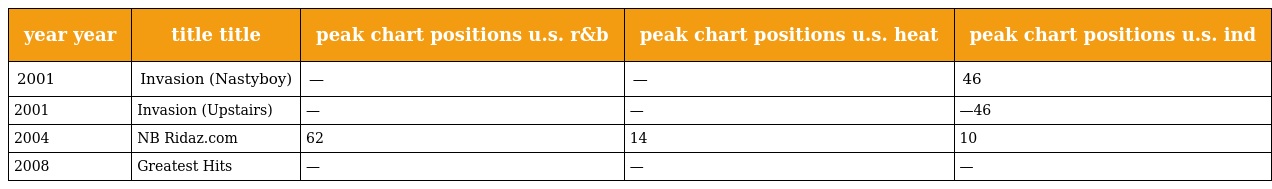
| year year | title title | peak chart positions u.s. r&b | peak chart positions u.s. heat | peak chart positions u.s. ind |
 | --- | --- | --- | --- | --- |
 | 2001 | Invasion (Nastyboy) | — | — | 46 |
 | 2001 | Invasion (Upstairs) | — | — | —46 |
 | 2004 | NB Ridaz.com | 62 | 14 | 10 |
 | 2008 | Greatest Hits | — | — | — |